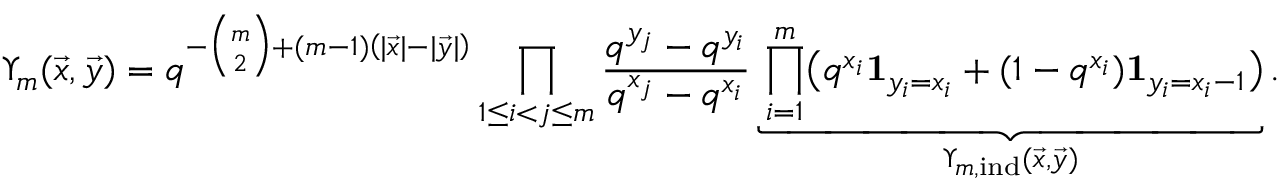
\Upsilon _ { m } ( \vec { x } , \vec { y } ) = q ^ { - \binom m 2 + ( m - 1 ) \left( | \vec { x } | - | \vec { y } | \right) } \prod _ { 1 \le i < j \le m } \frac { q ^ { y _ { j } } - q ^ { y _ { i } } } { q ^ { x _ { j } } - q ^ { x _ { i } } } \underbrace { \prod _ { i = 1 } ^ { m } \bigl ( q ^ { x _ { i } } \mathbf { 1 } _ { y _ { i } = x _ { i } } + ( 1 - q ^ { x _ { i } } ) \mathbf { 1 } _ { y _ { i } = x _ { i } - 1 } \bigr ) } _ { \Upsilon _ { m , \mathrm { i n d } } ( \vec { x } , \vec { y } ) } .